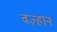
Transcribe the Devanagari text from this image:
वज़्हान